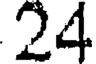
24